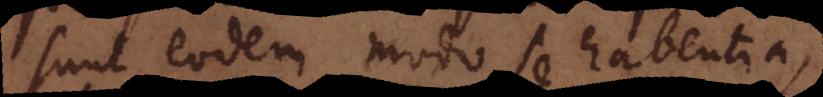
sunt eodem modo se habentia,